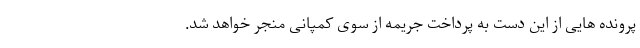
پرونده هایی از این دست به پرداخت جریمه از سوی کمپانی منجر خواهد شد.